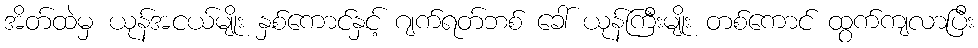
အိတ်ထဲမှ ယုန်အငယ်မျိုး နှစ်ကောင်နှင့် ဂျက်ရတ်ဘစ် ခေါ် ယုန်ကြီးမျိုး တစ်ကောင် ထွက်ကျလာပြီး